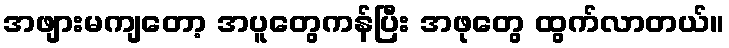
အဖျားမကျတော့ အပူတွေကန်ပြီး အဖုတွေ ထွက်လာတယ်။